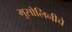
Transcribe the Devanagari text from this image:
मुसोलिनीचे